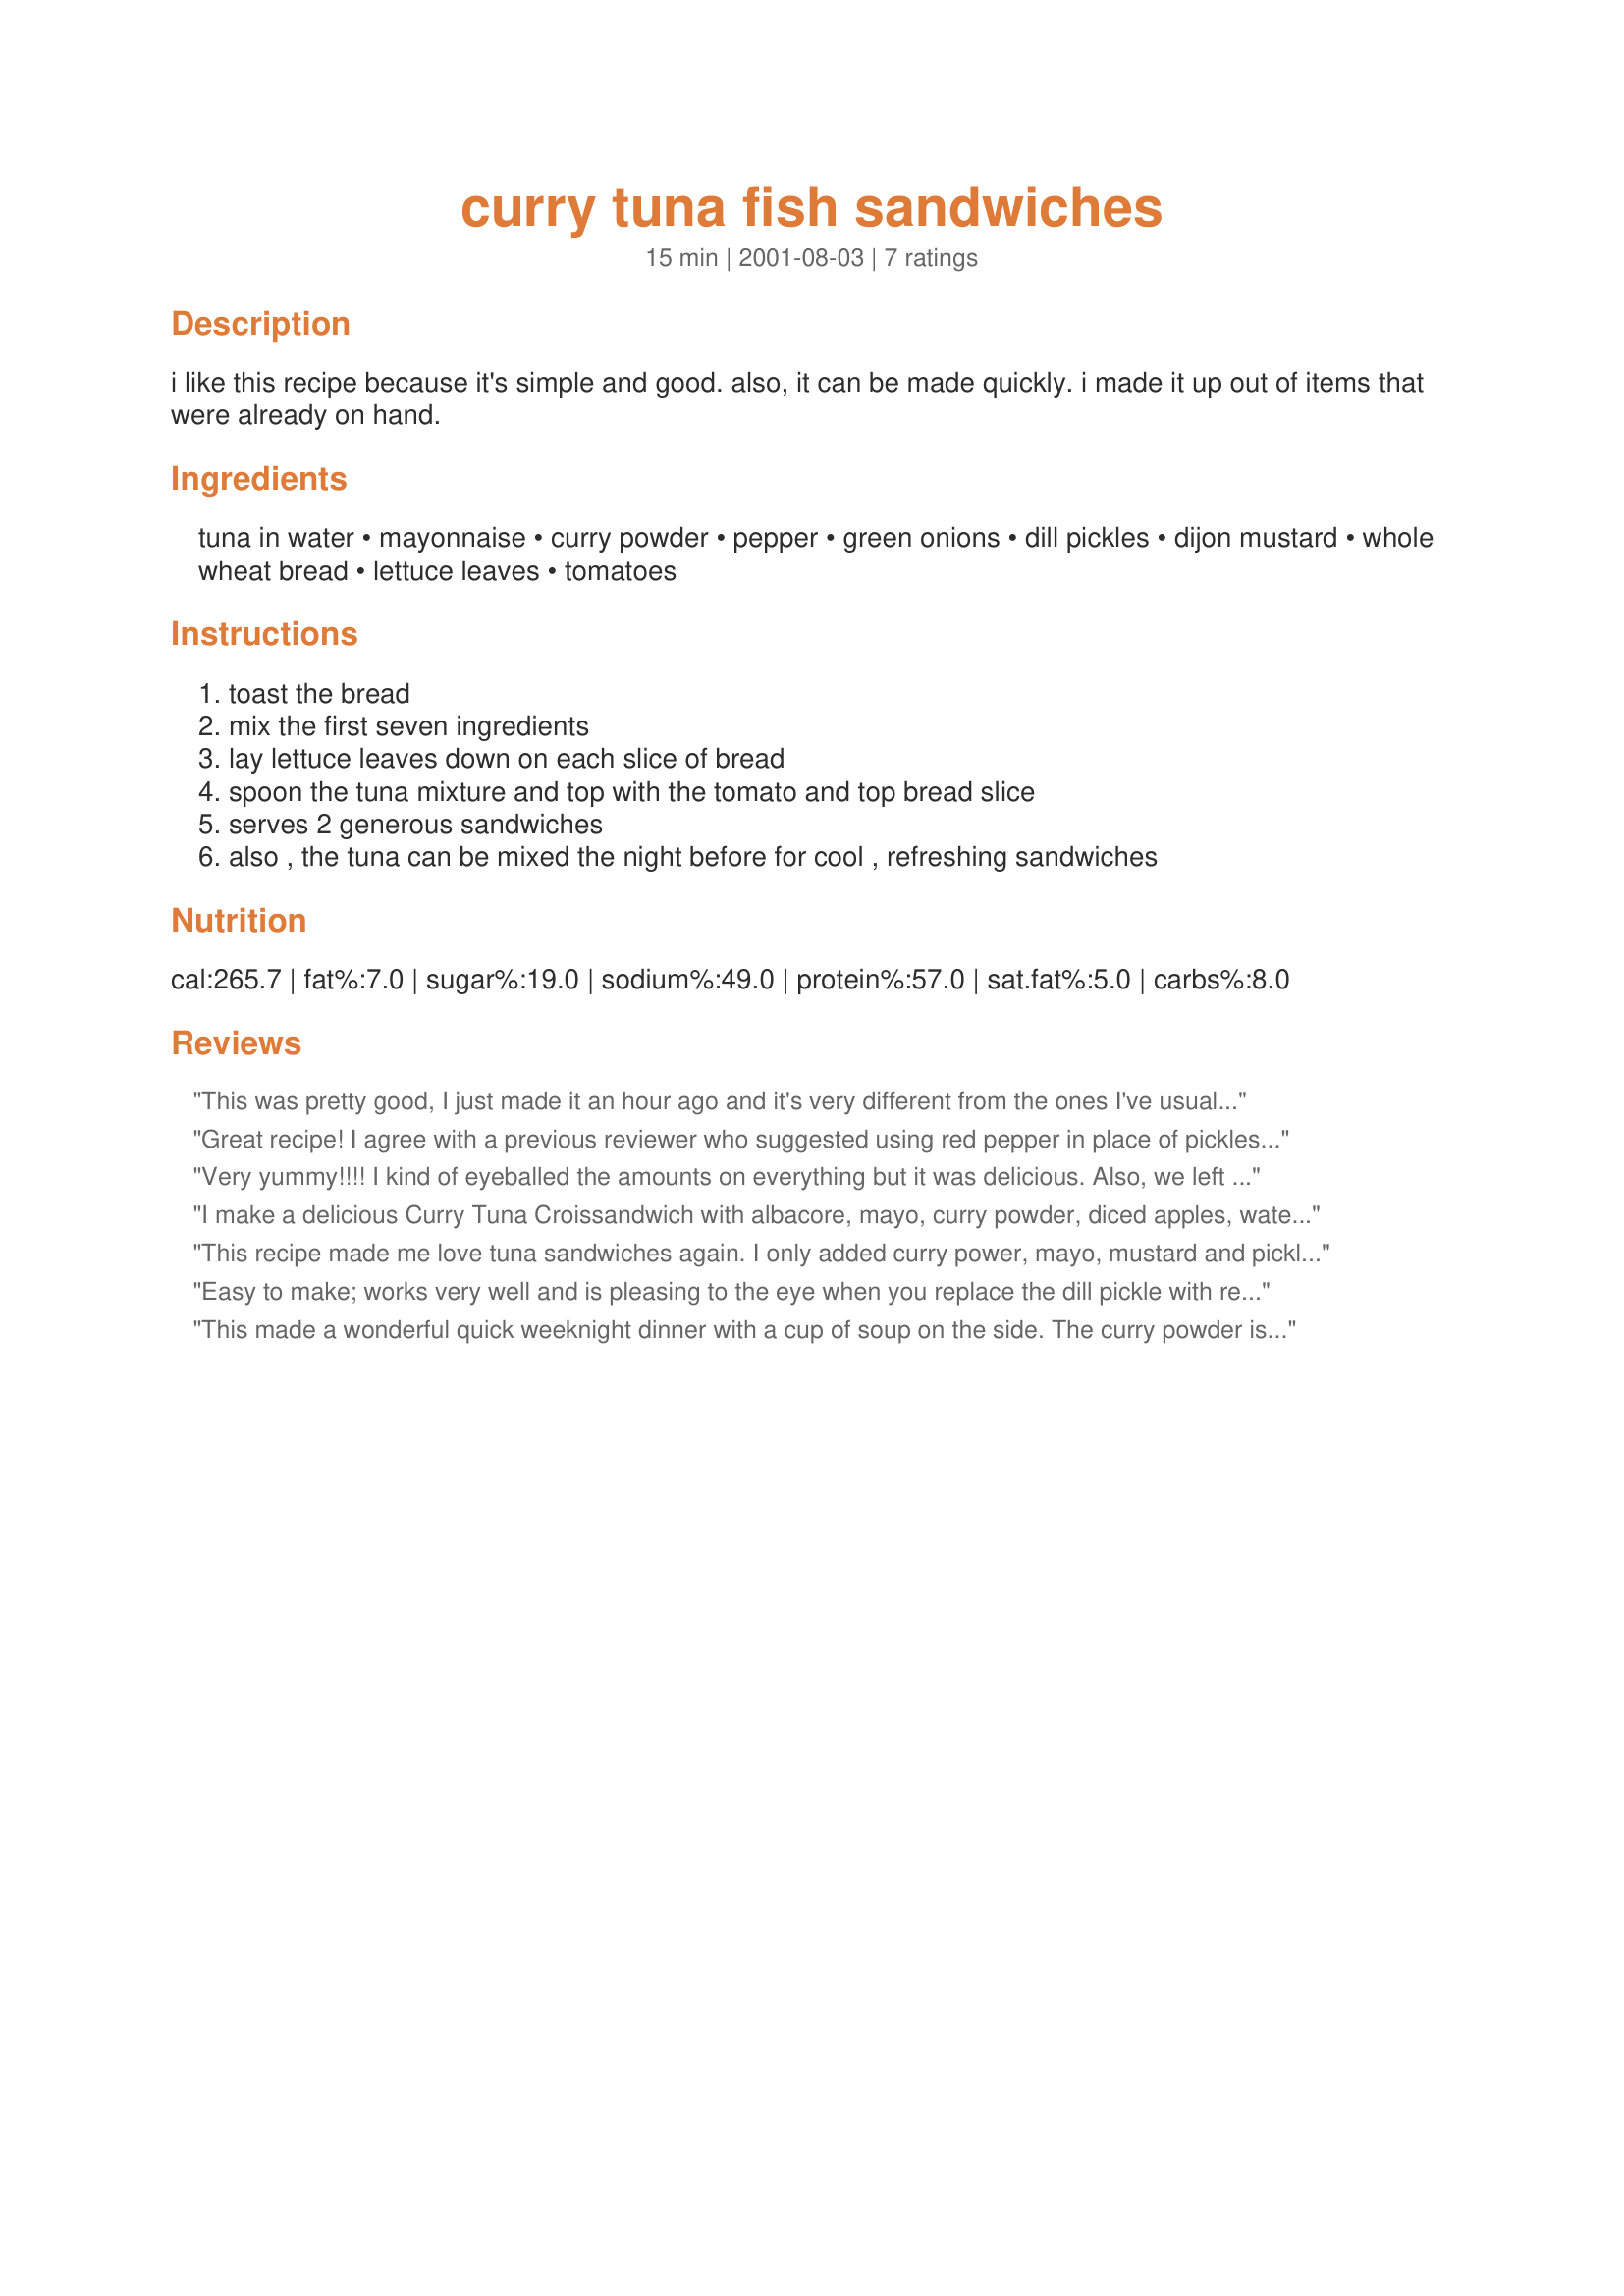
curry tuna fish sandwiches
Preparation time: 15 minutes

i like this recipe because it's simple and good. also, it can be made quickly. i made it up out of items that were already on hand.

Ingredients:
tuna in water, mayonnaise, curry powder, pepper, green onions, dill pickles, dijon mustard, whole wheat bread, lettuce leaves, tomatoes

Steps:
toast the bread, mix the first seven ingredients, lay lettuce leaves down on each slice of bread, spoon the tuna mixture and top with the tomato and top bread slice, serves 2 generous sandwiches, also , the tuna can be mixed the night before for cool , refreshing sandwiches

Reviews:
This was pretty good, I just made it an hour ago and it's very different from the ones I've usually tried. Thanks for sharing this recipe! =)
Great recipe! I agree with a previous reviewer who suggested using red pepper in place of pickles. I also like adding in a sprinkle of toasted cumin seeds -- it just adds a nice little extra "something" and reinforces the smokey/sweet light curry taste. Yum yum! :)
Very yummy!!!! I kind of eyeballed the amounts on everything but it was delicious. Also, we left the tomato off since we didn't have any.
I make a delicious Curry Tuna Croissandwich with albacore, mayo, curry powder, diced apples, water chestnuts, and almonds. Serve on croissants with lettuce/alfalfa sprouts...or on water crackers as an appetizer.
This recipe made me love tuna sandwiches again. I only added curry power, mayo, mustard and pickles (it was all I had) but it still came out delicious! I have already made this recipe numerous times!
Easy to make; works very well and is pleasing to the eye when you replace the dill pickle with red bell pepper. Next time around I would increase the curry portion; not enough.
This made a wonderful quick weeknight dinner with a cup of soup on the side. The curry powder is a nice addition and blends well with other ingredients. For DH the sandwich was made on jalapeno cheese bread and for me the salad was served minus the bread. Made for *A TASTE OF YELLOW for LIVESTRONG DAY!* in the photo forum.
